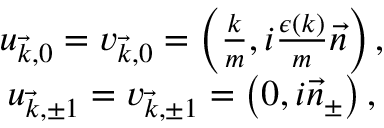
\begin{array} { c } { { u _ { \vec { k } , 0 } = v _ { \vec { k } , 0 } = \left( \frac k m , i \frac { \epsilon \left( k \right) } m \vec { n } \right) , } } \\ { { u _ { \vec { k } , \pm 1 } = v _ { \vec { k } , \pm 1 } = \left( 0 , i \vec { n } _ { \pm } \right) , } } \end{array}